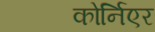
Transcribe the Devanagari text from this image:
कोर्निएर